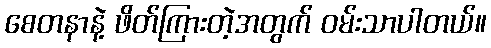
စေတနာနဲ့ ဖိတ်ကြားတဲ့အတွက် ဝမ်းသာပါတယ်။